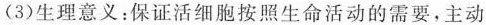
(3)生理意义：保证活细胞按照生命活动的需要，主动